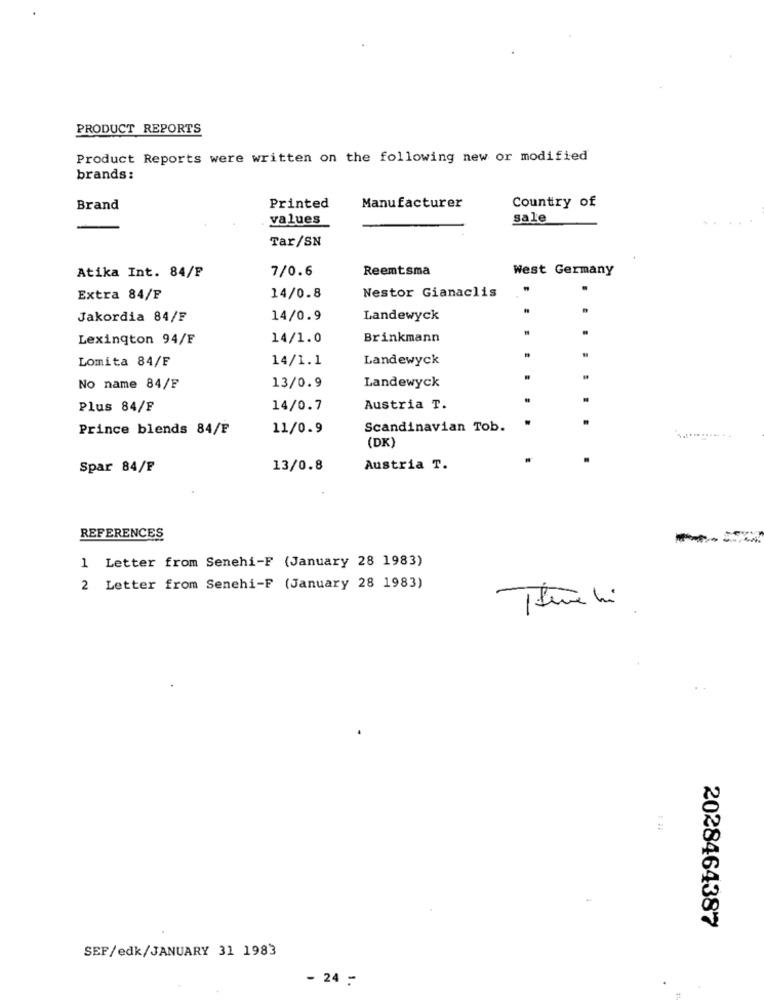
PRODUCT REPORTS
Product Reports were written on the following new or modified
brands:
Country of
Brand
Printed
Manufacturer
values
sale
Tar/SN
7/0.6
Reemtsma
West Germany
Atika Int. 84/F
Nestor Gianaclis
Extra 84/F
14/0.8
Jakordia 84/F
14/0.9
Landewyck
Lexington 94/F
14/1.0
Brinkmann
Lomita 84/F
14/1.1
Landewyck
No name 84/F
13/0.9
Landewyck
Plus 84/F
14/0.7
Austria T.
Prince blends 84/F
11/0.9
Scandinavian Tob.
(DK)
Spar 84/F
13/0.8
Austria T.
REFERENCES
--
1 Letter from Senehi-F (January 28 1983)
2 Letter from Senehi-F (January 28 1983)
2028464387
SEF/edk/JANUARY 31 1983
- 24 -